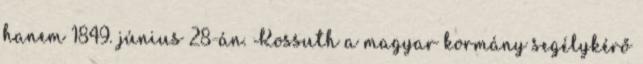
hanem 1849. június 28-án. Kossuth a magyar kormány segélykérő